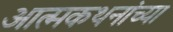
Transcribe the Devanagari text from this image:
आत्मकथनांच्या